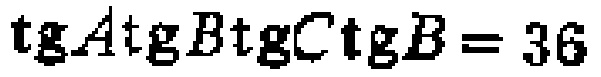
\(\operatorname{tg}A\operatorname{tg}B\operatorname{tg}C\operatorname{tg}B = 36\)